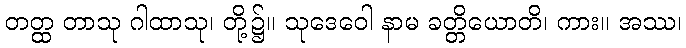
တတ္ထ တာသု ဂါထာသု၊ တို့၌။ သုဒေဝေါ နာမ ခတ္တိယောတိ၊ ကား။ အဿ၊